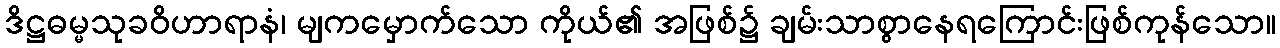
ဒိဋ္ဌဓမ္မသုခဝိဟာရာနံ၊ မျကမှောက်သော ကိုယ်၏ အဖြစ်၌ ချမ်းသာစွာနေရကြောင်းဖြစ်ကုန်သော။